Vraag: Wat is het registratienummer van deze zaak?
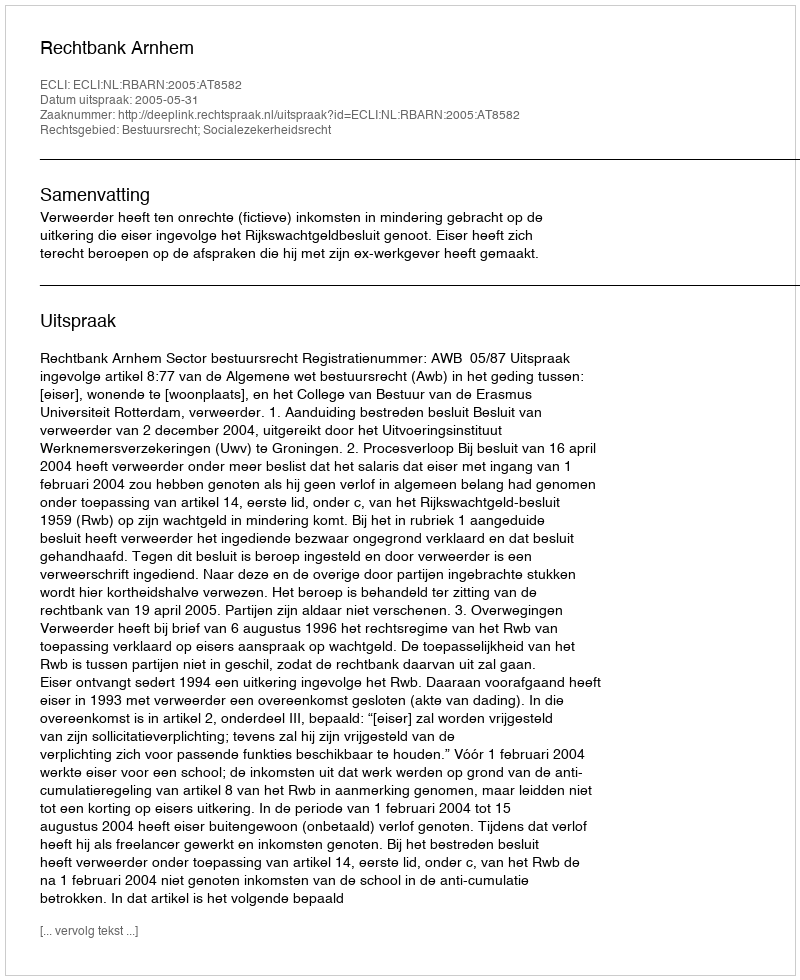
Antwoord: http://deeplink.rechtspraak.nl/uitspraak?id=ECLI:NL:RBARN:2005:AT8582